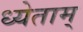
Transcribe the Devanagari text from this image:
ध्येताम्